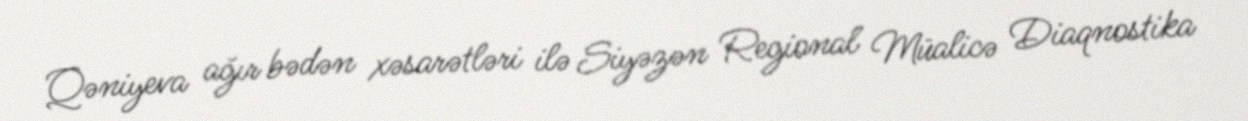
Qəniyeva ağır bədən xəsarətləri ilə Siyəzən Regional Müalicə Diaqnostika